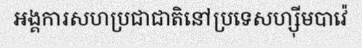
អង្គការសហប្រជាជាតិនៅប្រទេសហ្ស៊ីមបាវ៉េ